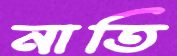
নাতি